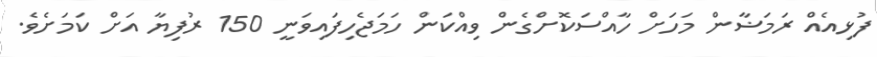
ފުޅިއެއް ރަމަޟާން މަހަށް ހާއްސަކޮށްގެން ވިއްކަން ހަމަޖެހިފައިވަނީ 150 ރުފިޔާ އަށް ކަމަށެވެ.